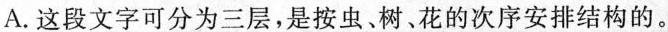
A.这段文字可分为三层，是按虫。树。花的次序安排结构的。